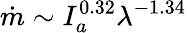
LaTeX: \dot{m}\sim I_{a}^{0.32}{\lambda^{-1.34}}